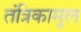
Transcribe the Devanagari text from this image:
तंत्रिकामूल